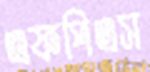
এফপিএস